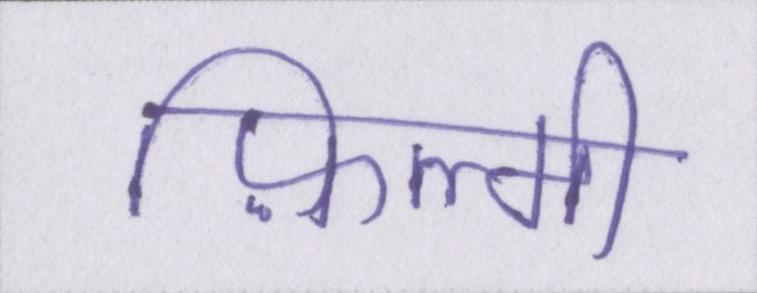
फ़िल्मी